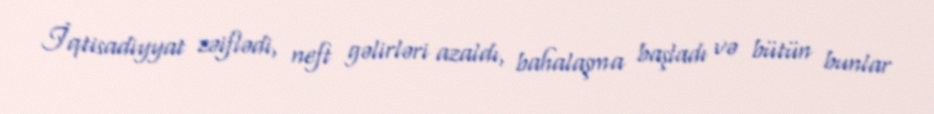
İqtisadiyyat zəiflədi, neft gəlirləri azaldı, bahalaşma başladı və bütün bunlar